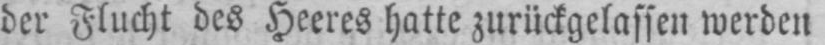
der Flucht des Heeres hatte zurückgelassen werden